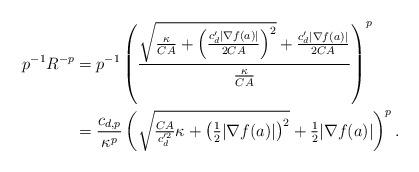
LaTeX: \begin{align*}p^{-1} R^{-p} & = p^{-1} \left( \frac{\sqrt{\frac{\kappa}{CA} +\left( \frac{c_d'|\nabla f(a)|}{2CA} \right)^2} + \frac{c_d'|\nabla f(a)|}{2CA}}{\frac\kappa{CA}} \right)^p \\& = \frac{c_{d,p}}{\kappa^p} \left( \sqrt{ \tfrac{CA}{c_d'^2} \kappa +\left( \tfrac12 |\nabla f(a)| \right)^2} + \tfrac12|\nabla f(a)| \right)^p.\end{align*}